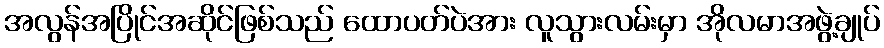
အလွန်အပြိုင်အဆိုင်ဖြစ်သည် ထောပတ်ပဲအား လူသွားလမ်းမှာ အိုလမာအဖွဲ့ချုပ်